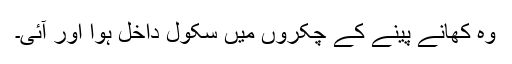
وہ کھانے پینے کے چکروں میں سکول داخل ہوا اور آئی۔